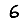
Digit: 6